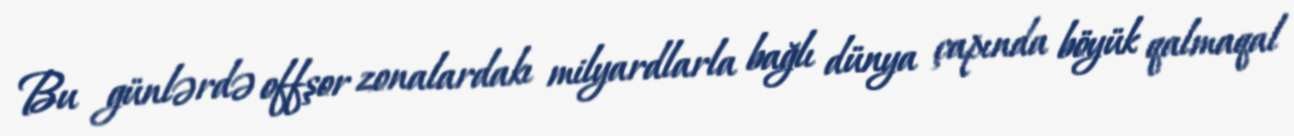
Bu günlərdə offşor zonalardakı milyardlarla bağlı dünya çapında böyük qalmaqal